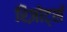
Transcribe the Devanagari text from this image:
रिज़ोर्ट्स